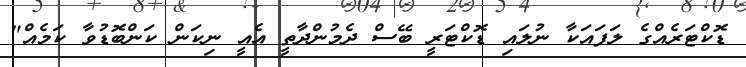
ޑޮކްޓަރެއްގެ ލަފައަކާ ނުލައި ޑޮކްޓަރީ ބޭސް ދެމުންދާތީ އެއީ ނިކަން ކަންބޮޑުވާ ކަމެއް"